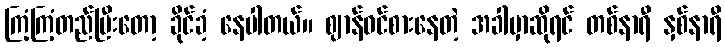
ကြံ့ကြံ့တည်ပြီးတော့ ခိုင်ခံ့ နေပါတယ်။ ဈာန်ဝင်စားနေတဲ့ အခါမှာဆိုရင် တစ်နာရီ နှစ်နာရီ